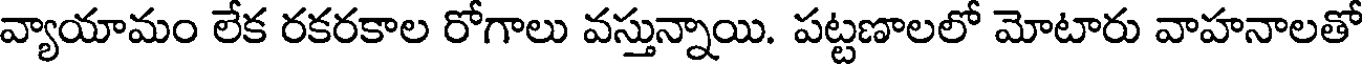
వ్యాయామం లేక రకరకాల రోగాలు వస్తున్నాయి. పట్టణాలలో మోటారు వాహనాలతో